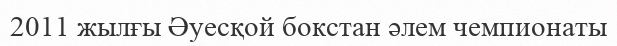
2011 жылғы Әуесқой бокстан әлем чемпионаты